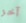
آخر